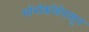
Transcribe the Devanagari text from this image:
मोनोकॉर्डपासून